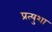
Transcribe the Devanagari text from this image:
प्रत्युशा